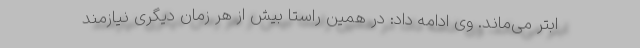
ابتر می‌ماند. وی ادامه داد: در همین راستا بیش از هر زمان دیگری نیازمند